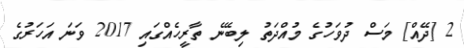
2 [ދޭއް] މަސް ދުވަހުގެ މުއްދަތު ލިބޭނެ ތާރީހެއްގައި 2017 ވަނަ އަހަރުގެ